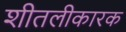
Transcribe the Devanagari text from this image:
शीतलीकारक